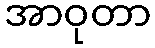
အာဝုတာ